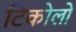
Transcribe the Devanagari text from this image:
टिकोलो